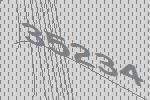
35234